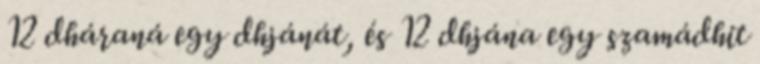
12 dháraná egy dhjánát, és 12 dhjána egy szamádhit